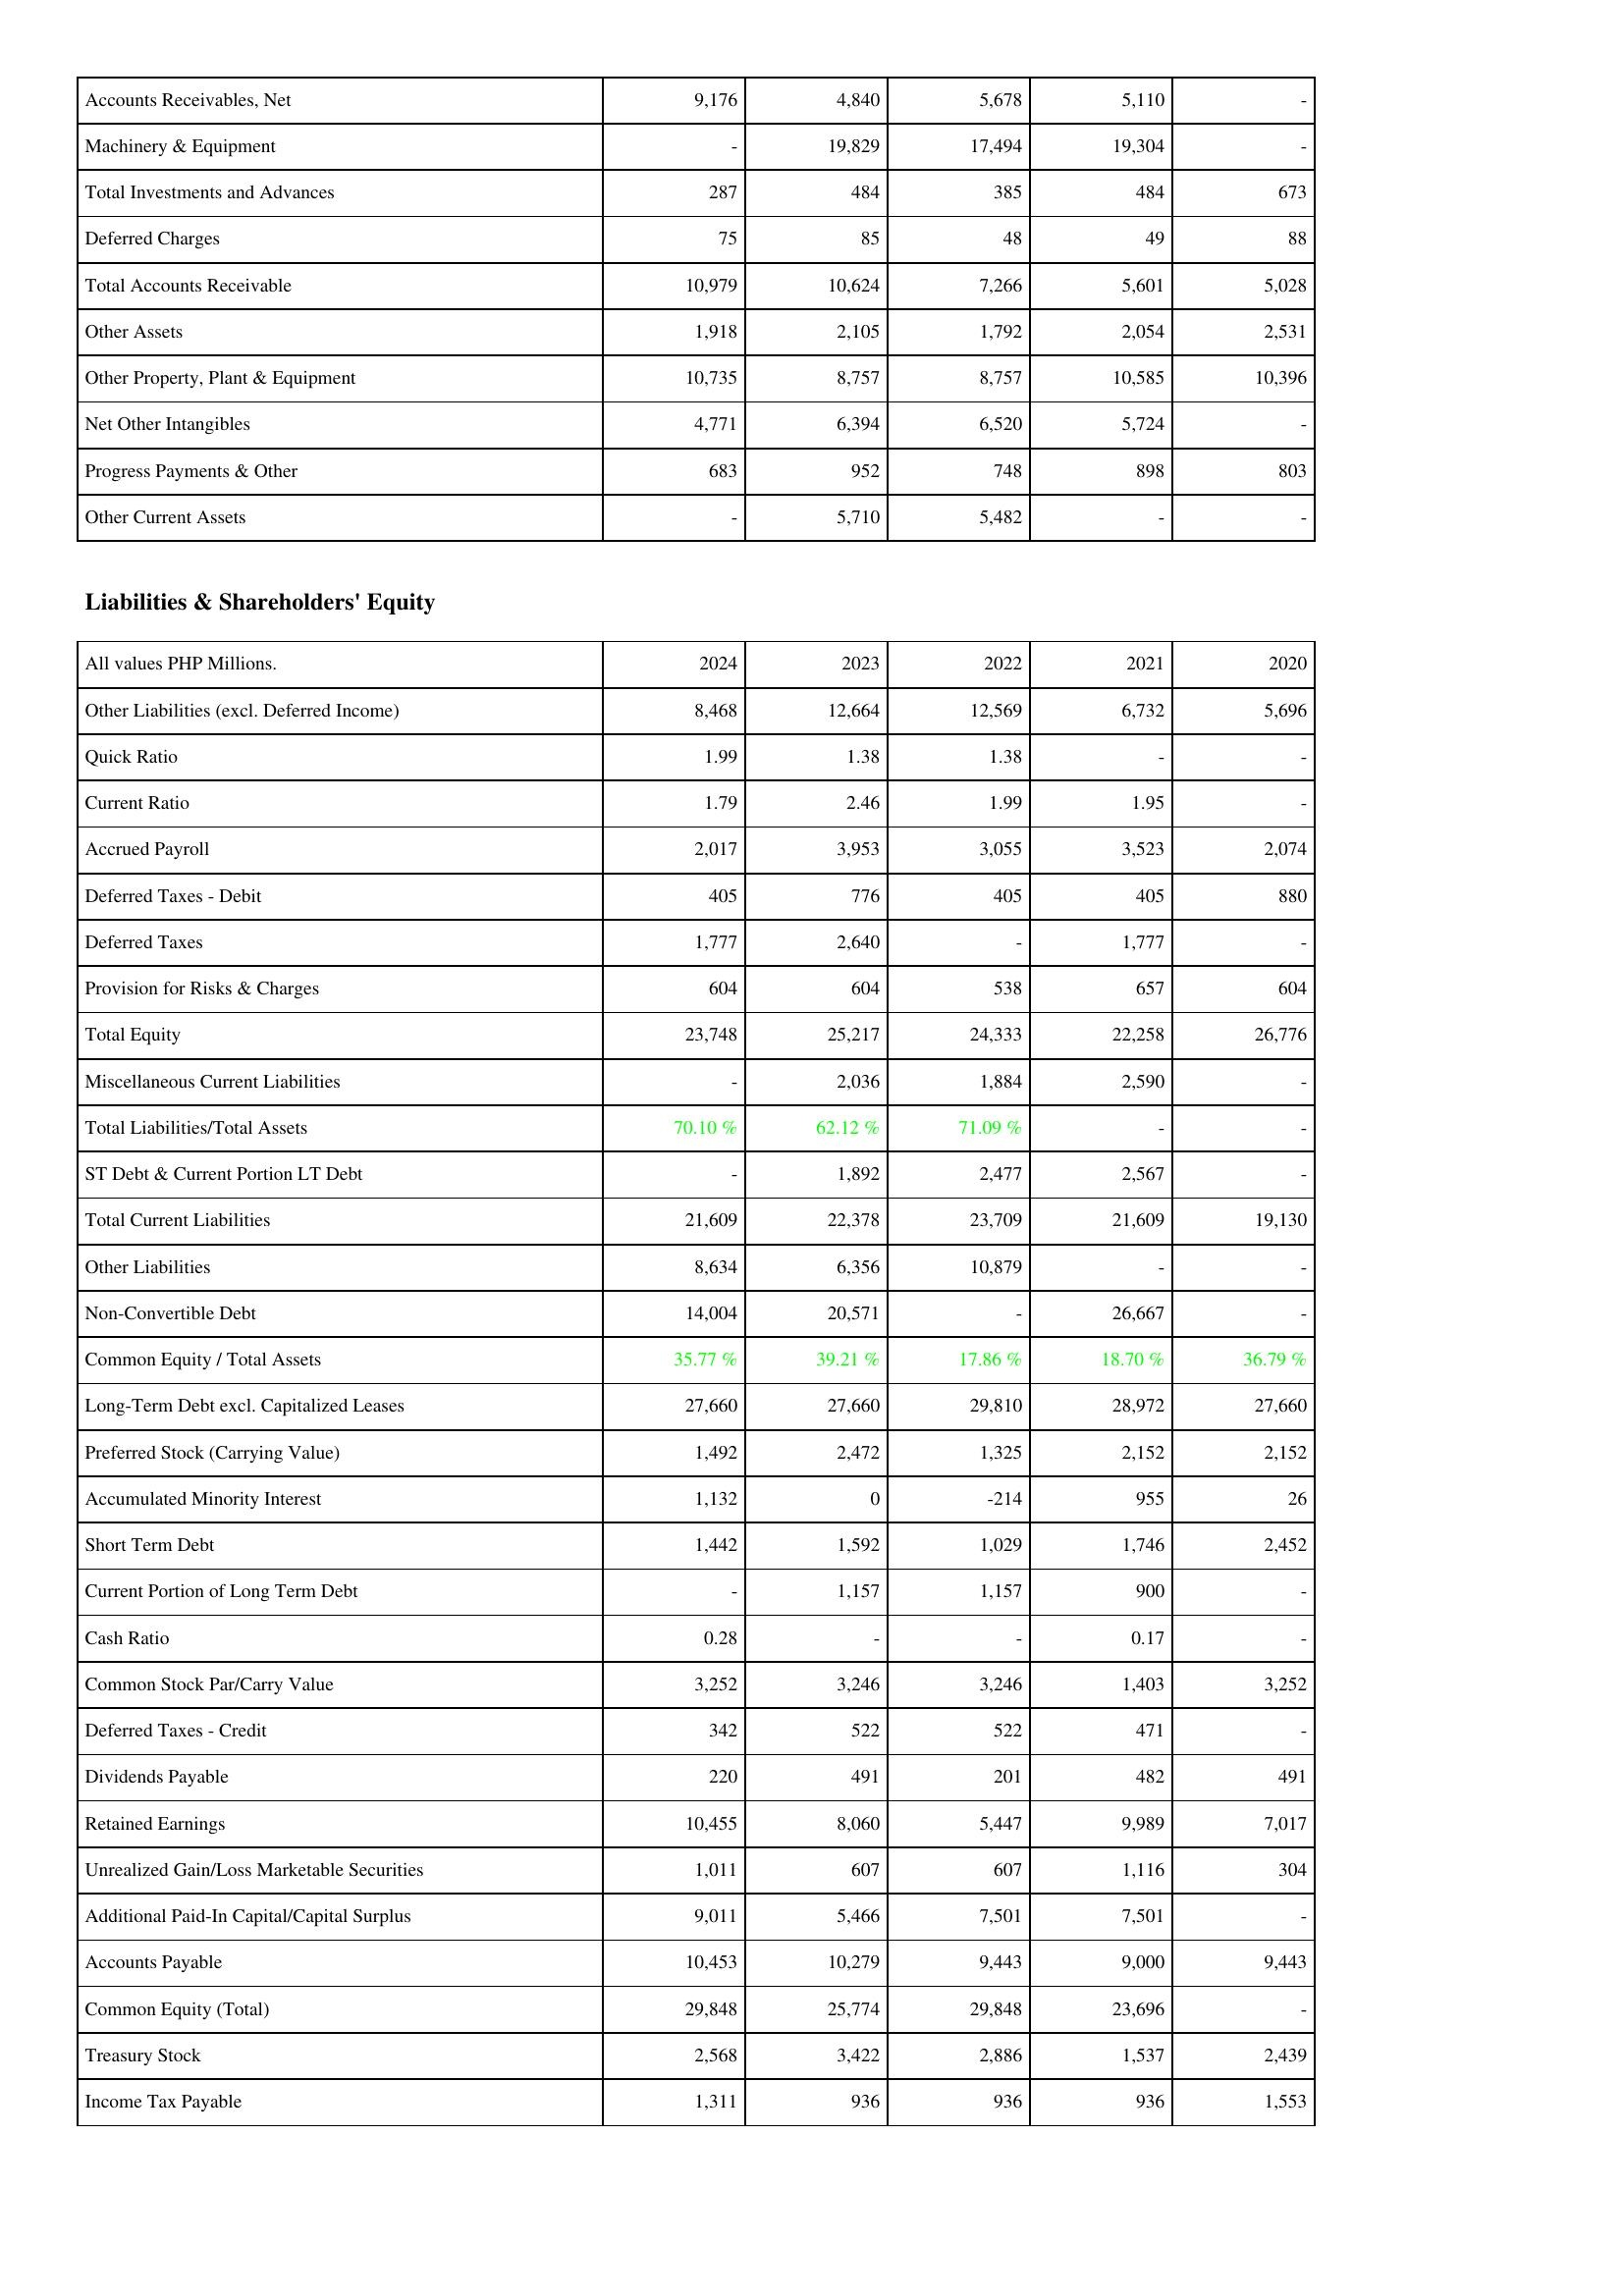
2024: Assets: Accounts Receivables, Net: 9,176
Machinery & Equipment: -
Total Investments and Advances: 287
Deferred Charges: 75
Total Accounts Receivable: 10,979
Other Assets: 1,918
Other Property, Plant & Equipment: 10,735
Net Other Intangibles: 4,771
Progress Payments & Other: 683
Other Current Assets: -
Liabilities & Shareholders' Equity: Other Liabilities (excl. Deferred Income): 8,468
Quick Ratio: 1.99
Current Ratio: 1.79
Accrued Payroll: 2,017
Deferred Taxes - Debit: 405
Deferred Taxes: 1,777
Provision for Risks & Charges: 604
Total Equity: 23,748
Miscellaneous Current Liabilities: -
Total Liabilities/Total Assets: 70.10 %
ST Debt & Current Portion LT Debt: -
Total Current Liabilities: 21,609
Other Liabilities: 8,634
Non-Convertible Debt: 14,004
Common Equity / Total Assets: 35.77 %
Long-Term Debt excl. Capitalized Leases: 27,660
Preferred Stock (Carrying Value): 1,492
Accumulated Minority Interest: 1,132
Short Term Debt: 1,442
Current Portion of Long Term Debt: -
Cash Ratio: 0.28
Common Stock Par/Carry Value: 3,252
Deferred Taxes - Credit: 342
Dividends Payable: 220
Retained Earnings: 10,455
Unrealized Gain/Loss Marketable Securities: 1,011
Additional Paid-In Capital/Capital Surplus: 9,011
Accounts Payable: 10,453
Common Equity (Total): 29,848
Treasury Stock: 2,568
Income Tax Payable: 1,311
2023: Assets: Accounts Receivables, Net: 4,840
Machinery & Equipment: 19,829
Total Investments and Advances: 484
Deferred Charges: 85
Total Accounts Receivable: 10,624
Other Assets: 2,105
Other Property, Plant & Equipment: 8,757
Net Other Intangibles: 6,394
Progress Payments & Other: 952
Other Current Assets: 5,710
Liabilities & Shareholders' Equity: Other Liabilities (excl. Deferred Income): 12,664
Quick Ratio: 1.38
Current Ratio: 2.46
Accrued Payroll: 3,953
Deferred Taxes - Debit: 776
Deferred Taxes: 2,640
Provision for Risks & Charges: 604
Total Equity: 25,217
Miscellaneous Current Liabilities: 2,036
Total Liabilities/Total Assets: 62.12 %
ST Debt & Current Portion LT Debt: 1,892
Total Current Liabilities: 22,378
Other Liabilities: 6,356
Non-Convertible Debt: 20,571
Common Equity / Total Assets: 39.21 %
Long-Term Debt excl. Capitalized Leases: 27,660
Preferred Stock (Carrying Value): 2,472
Accumulated Minority Interest: 0
Short Term Debt: 1,592
Current Portion of Long Term Debt: 1,157
Cash Ratio: -
Common Stock Par/Carry Value: 3,246
Deferred Taxes - Credit: 522
Dividends Payable: 491
Retained Earnings: 8,060
Unrealized Gain/Loss Marketable Securities: 607
Additional Paid-In Capital/Capital Surplus: 5,466
Accounts Payable: 10,279
Common Equity (Total): 25,774
Treasury Stock: 3,422
Income Tax Payable: 936
2022: Assets: Accounts Receivables, Net: 5,678
Machinery & Equipment: 17,494
Total Investments and Advances: 385
Deferred Charges: 48
Total Accounts Receivable: 7,266
Other Assets: 1,792
Other Property, Plant & Equipment: 8,757
Net Other Intangibles: 6,520
Progress Payments & Other: 748
Other Current Assets: 5,482
Liabilities & Shareholders' Equity: Other Liabilities (excl. Deferred Income): 12,569
Quick Ratio: 1.38
Current Ratio: 1.99
Accrued Payroll: 3,055
Deferred Taxes - Debit: 405
Deferred Taxes: -
Provision for Risks & Charges: 538
Total Equity: 24,333
Miscellaneous Current Liabilities: 1,884
Total Liabilities/Total Assets: 71.09 %
ST Debt & Current Portion LT Debt: 2,477
Total Current Liabilities: 23,709
Other Liabilities: 10,879
Non-Convertible Debt: -
Common Equity / Total Assets: 17.86 %
Long-Term Debt excl. Capitalized Leases: 29,810
Preferred Stock (Carrying Value): 1,325
Accumulated Minority Interest: -214
Short Term Debt: 1,029
Current Portion of Long Term Debt: 1,157
Cash Ratio: -
Common Stock Par/Carry Value: 3,246
Deferred Taxes - Credit: 522
Dividends Payable: 201
Retained Earnings: 5,447
Unrealized Gain/Loss Marketable Securities: 607
Additional Paid-In Capital/Capital Surplus: 7,501
Accounts Payable: 9,443
Common Equity (Total): 29,848
Treasury Stock: 2,886
Income Tax Payable: 936
2021: Assets: Accounts Receivables, Net: 5,110
Machinery & Equipment: 19,304
Total Investments and Advances: 484
Deferred Charges: 49
Total Accounts Receivable: 5,601
Other Assets: 2,054
Other Property, Plant & Equipment: 10,585
Net Other Intangibles: 5,724
Progress Payments & Other: 898
Other Current Assets: -
Liabilities & Shareholders' Equity: Other Liabilities (excl. Deferred Income): 6,732
Quick Ratio: -
Current Ratio: 1.95
Accrued Payroll: 3,523
Deferred Taxes - Debit: 405
Deferred Taxes: 1,777
Provision for Risks & Charges: 657
Total Equity: 22,258
Miscellaneous Current Liabilities: 2,590
Total Liabilities/Total Assets: -
ST Debt & Current Portion LT Debt: 2,567
Total Current Liabilities: 21,609
Other Liabilities: -
Non-Convertible Debt: 26,667
Common Equity / Total Assets: 18.70 %
Long-Term Debt excl. Capitalized Leases: 28,972
Preferred Stock (Carrying Value): 2,152
Accumulated Minority Interest: 955
Short Term Debt: 1,746
Current Portion of Long Term Debt: 900
Cash Ratio: 0.17
Common Stock Par/Carry Value: 1,403
Deferred Taxes - Credit: 471
Dividends Payable: 482
Retained Earnings: 9,989
Unrealized Gain/Loss Marketable Securities: 1,116
Additional Paid-In Capital/Capital Surplus: 7,501
Accounts Payable: 9,000
Common Equity (Total): 23,696
Treasury Stock: 1,537
Income Tax Payable: 936
2020: Assets: Accounts Receivables, Net: -
Machinery & Equipment: -
Total Investments and Advances: 673
Deferred Charges: 88
Total Accounts Receivable: 5,028
Other Assets: 2,531
Other Property, Plant & Equipment: 10,396
Net Other Intangibles: -
Progress Payments & Other: 803
Other Current Assets: -
Liabilities & Shareholders' Equity: Other Liabilities (excl. Deferred Income): 5,696
Quick Ratio: -
Current Ratio: -
Accrued Payroll: 2,074
Deferred Taxes - Debit: 880
Deferred Taxes: -
Provision for Risks & Charges: 604
Total Equity: 26,776
Miscellaneous Current Liabilities: -
Total Liabilities/Total Assets: -
ST Debt & Current Portion LT Debt: -
Total Current Liabilities: 19,130
Other Liabilities: -
Non-Convertible Debt: -
Common Equity / Total Assets: 36.79 %
Long-Term Debt excl. Capitalized Leases: 27,660
Preferred Stock (Carrying Value): 2,152
Accumulated Minority Interest: 26
Short Term Debt: 2,452
Current Portion of Long Term Debt: -
Cash Ratio: -
Common Stock Par/Carry Value: 3,252
Deferred Taxes - Credit: -
Dividends Payable: 491
Retained Earnings: 7,017
Unrealized Gain/Loss Marketable Securities: 304
Additional Paid-In Capital/Capital Surplus: -
Accounts Payable: 9,443
Common Equity (Total): -
Treasury Stock: 2,439
Income Tax Payable: 1,553